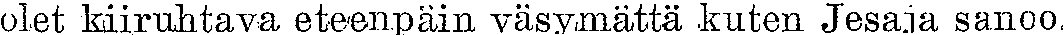
olet kiiruhtava eteenpäin väsymättä kuten Jesaja sanoo.